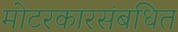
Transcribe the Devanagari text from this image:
मोटरकारसंबधित